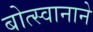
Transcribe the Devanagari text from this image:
बोत्स्वानाने